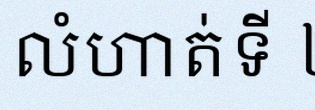
លំហាត់ទី ២